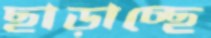
ছাড়াচ্ছে